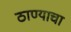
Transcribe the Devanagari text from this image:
ठाण्याचा